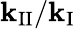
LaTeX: \mathbf{k}_{\mathrm{{II}}}/\mathbf{k}_{\mathrm{{I}}}